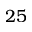
2 5